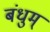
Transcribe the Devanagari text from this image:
बंधुम्